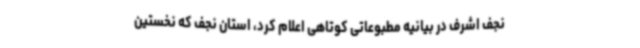
نجف اشرف در بیانیه مطبوعاتی کوتاهی اعلام کرد، استان نجف که نخستین